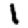
Digit: 1